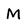
Character: M